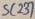
Text: SC237